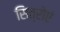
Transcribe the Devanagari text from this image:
सित्रोएं